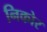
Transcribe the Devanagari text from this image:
निकोर